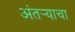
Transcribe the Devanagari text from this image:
अंतऱ्याचा